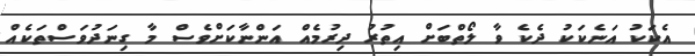
އެކަކު އަނެކަކު ދެކެ ވާ ލޯތްބަށް އިތުރު ދިރުމެއް އަންނާކަށްވެސް މާ ގިނަދުވަސްތަކެއް